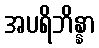
အပရိဘိန္နာ